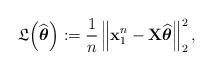
LaTeX: \begin{align*}\mathfrak{L}\Big(\widehat{\boldsymbol{\theta}}\Big) := \frac{1}{n} \left \|\mathbf{x}_1^n-\mathbf{X}\widehat{\boldsymbol{\theta}}\right \|_2^2,\end{align*}